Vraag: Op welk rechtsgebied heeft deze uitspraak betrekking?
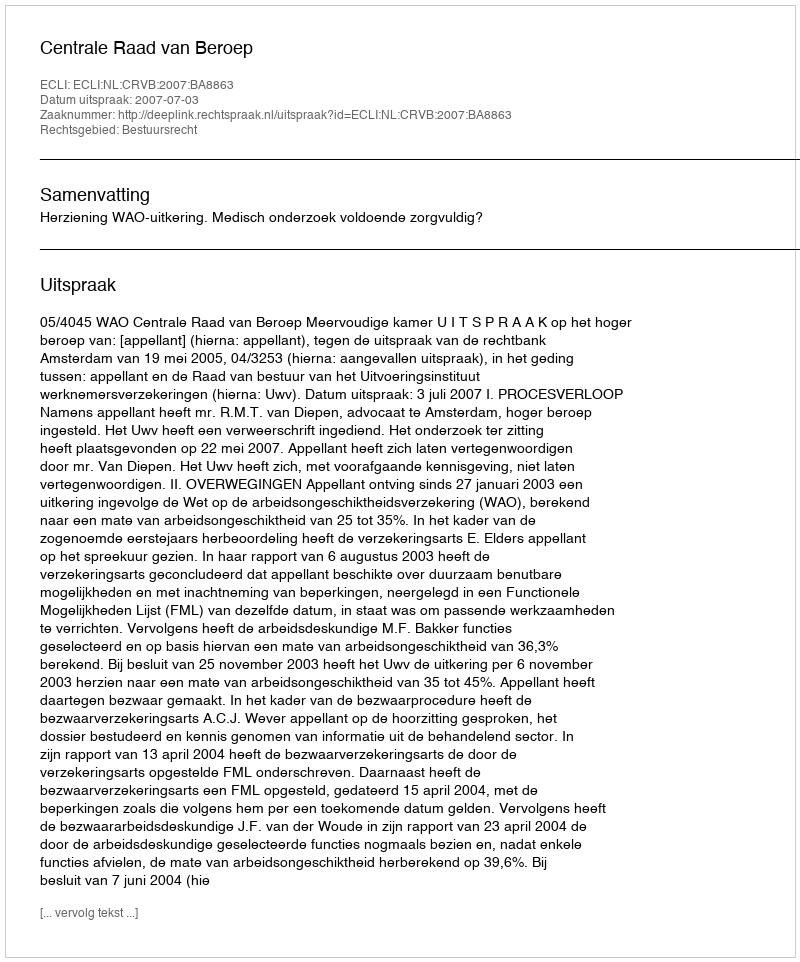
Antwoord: Bestuursrecht